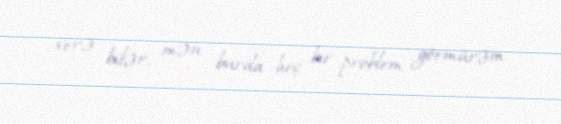
verə bilər, mən burda heç bir problem görmürəm.